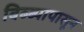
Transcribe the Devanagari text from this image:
बिब्ब्यापासून